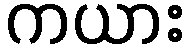
ကယား